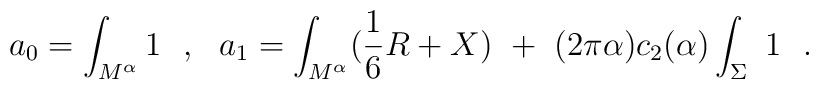
a_0=\int_{M^{\alpha}}1~~,~~a_1=\int_{M^{\alpha}}({1\over 6}R+X)~+~(2\pi\alpha )c_2(\alpha )\int_{\Sigma} ~1~~.